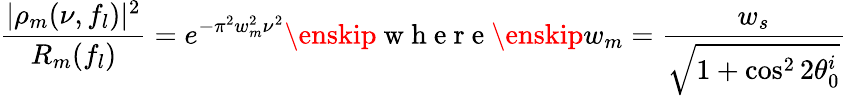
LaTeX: \frac{|\rho_{m}(\nu,f_{l})|^{2}}{R_{m}(f_{l})}=e^{-\pi^{2}w_{m}^{2}\nu^{2}}\enskip\mathrm{~w~h~e~r~e~}\enskip w_{m}=\frac{w_{s}}{\sqrt{1+\cos^{2}2\theta_{0}^{i}}}